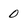
Character: 0